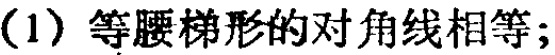
（1）等腰梯形的对角线相等;